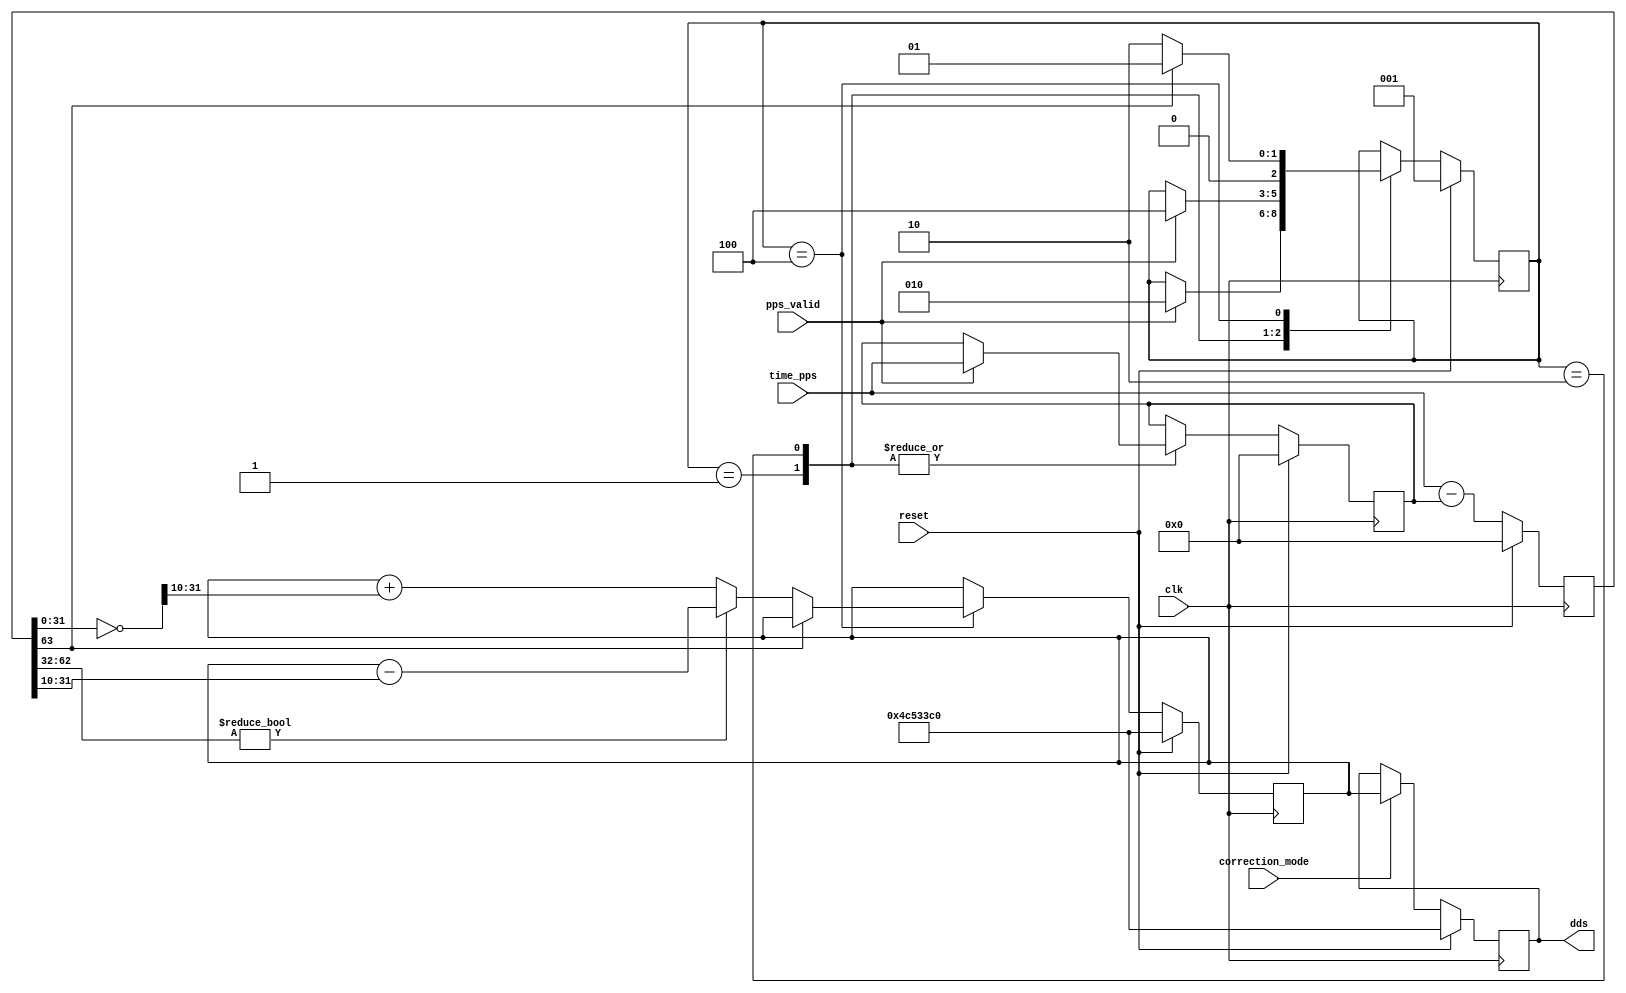
//
// Copyright (C) 2010, 2011 The Board of Trustees of The Leland Stanford
// Junior University
// Copyright (c) 2016 University of Cambridge
// Copyright (c) 2016 Jong Hun Han
// All rights reserved.
//
// This software was developed by University of Cambridge Computer Laboratory
// under the ENDEAVOUR project (grant agreement 644960) as part of
// the European Union's Horizon 2020 research and innovation programme.
//
// @NETFPGA_LICENSE_HEADER_START@
//
// Licensed to NetFPGA Open Systems C.I.C. (NetFPGA) under one or more
// contributor license agreements. See the NOTICE file distributed with this
// work for additional information regarding copyright ownership. NetFPGA
// licenses this file to you under the NetFPGA Hardware-Software License,
// Version 1.0 (the License); you may not use this file except in compliance
// with the License.  You may obtain a copy of the License at:
//
// http://www.netfpga-cic.org
//
// Unless required by applicable law or agreed to in writing, Work distributed
// under the License is distributed on an "AS IS" BASIS, WITHOUT WARRANTIES OR
// CONDITIONS OF ANY KIND, either express or implied. See the License for the
// specific language governing permissions and limitations under the License.
//
// @NETFPGA_LICENSE_HEADER_END@
/*******************************************************************************
 *  File:
 *        correction.v
 *
 *  Author:
 *        Gianni Antichi
 *
 *  Description:
 *        Timestamp Correction Module.
 */

 
module correction
	#(parameter TIMESTAMP_WIDTH = 64,
	  parameter DDS_WIDTH = 32)
   	(
    	// input
    		input [TIMESTAMP_WIDTH-1:0]     time_pps,
    		input                           pps_valid,
		input				correction_mode,

    	// output
    		output reg [DDS_WIDTH-1:0]	dds,

    	// misc
    		input                           reset,
    		input                           clk
    	);
          
  
	localparam NUM_STATES	      = 3;
     	localparam WAIT_FIRST_PPS     = 1;
     	localparam WAIT_PPS           = 2;
     	localparam UPDATE_DDS 	      = 4;
	localparam CORRECTION_WEIGHT  = 10;
	//localparam DDS_RATE_DEFAULT   = 32'hd6bf94d6; 
	//localparam DDS_RATE_DEFAULT   = 32'h4aedcca; //78568650.580673916     0.018634066
	localparam DDS_RATE_DEFAULT   = 32'h4c533c0; //1-28/27.xxx 80032704  1-27.xxx/28 = 78568650
	//localparam DDS_RATE_DEFAULT   = 32'h4AEDCCB; //1-27.xxx/28 = 78568650
	//localparam DDS_RATE_DEFAULT     = 32'h1D1BF8; //1-55/54.xxx 1907704 0x1D1BF8
	//localparam DDS_RATE_DEFAULT     = 32'h1D1BF8; //1-54.xxx/55 1906857 0x1D18A9
	//localparam DDS_RATE_DEFAULT     = 32'hE8DFC; //1-55/54.xxx 1907704 0x1D1BF8


	reg [NUM_STATES-1:0]     state,state_next;
	reg [TIMESTAMP_WIDTH-1:0]time_prev_pps,time_prev_pps_next;
     	reg [DDS_WIDTH-1:0]      dds_rate,dds_rate_next;
     	reg [TIMESTAMP_WIDTH-1:0]error_signed,error_signed_next;
 
    

    	always @(*) begin
     		state_next = state;
     		dds_rate_next = dds_rate;
     		time_prev_pps_next = time_prev_pps;
    		error_signed_next = time_pps - time_prev_pps;  

		case(state)
        	WAIT_FIRST_PPS: begin
        		if(pps_valid) begin
                		time_prev_pps_next  = time_pps;
				state_next = WAIT_PPS;
           		end
        	end

		WAIT_PPS: begin
        		if(pps_valid) begin
				time_prev_pps_next = time_pps;
                		state_next = UPDATE_DDS;
			end
        	end

        	UPDATE_DDS: begin
			if(error_signed[TIMESTAMP_WIDTH-1])
				state_next = WAIT_FIRST_PPS;
			else begin
				state_next = WAIT_PPS;
        			if(error_signed[TIMESTAMP_WIDTH-2:32])
               				dds_rate_next = dds_rate - (error_signed[31:0]>>CORRECTION_WEIGHT);
	    			else
               				dds_rate_next = dds_rate + ((~error_signed[31:0])>>CORRECTION_WEIGHT);
			end
         	end
       		endcase
	end


   	always @(posedge clk) begin
        	if(reset) begin
	     		dds_rate    	<= DDS_RATE_DEFAULT;
			dds		<= DDS_RATE_DEFAULT;
             		error_signed	<= 0;
             		time_prev_pps	<= 0;
             		state       	<= WAIT_FIRST_PPS;
        	end
		else begin
             		error_signed	<= error_signed_next;
             		time_prev_pps 	<= time_prev_pps_next;
			state		<= state_next;
			dds_rate	<= dds_rate_next;
			if(correction_mode)
				dds	<= dds_rate;
        	end
   	end

endmodule // correction